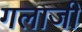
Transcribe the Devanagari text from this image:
गलाजी